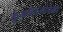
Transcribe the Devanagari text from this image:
कुंभमेळ्यांपैकी